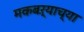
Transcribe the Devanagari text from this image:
मकबऱ्याच्या